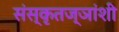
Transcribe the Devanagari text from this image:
संस्कृतज्ञांशी